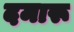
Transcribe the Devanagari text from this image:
दमारू